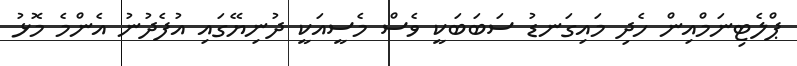
ޕްލެޓިނަމްއިން ހެދި މައިގަނޑު ސަބަބަކީ ވެސް މެސީއަކީ ދުނިޔޭގައި އުފެދުނު އެންމެ މޮޅު